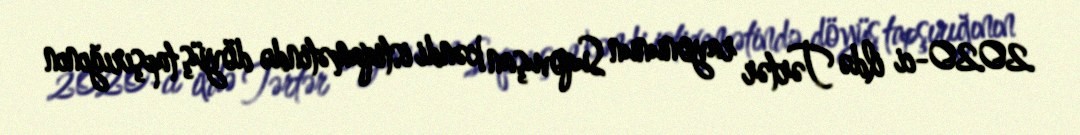
2020-ci ildə Tərtər rayonunun Suqovuşan kəndi istiqamətində döyüş tapşırığının